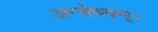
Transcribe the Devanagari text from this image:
अन्वेष्यम्।